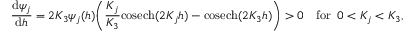
\frac { \mathrm { d } { \psi _ { j } } } { \mathrm { d } { h } } = 2 K _ { 3 } \psi _ { j } ( h ) \bigg ( \frac { K _ { j } } { K _ { 3 } } \mathrm { c o s e c h } ( 2 K _ { j } h ) - \mathrm { c o s e c h } ( 2 K _ { 3 } h ) \bigg ) > 0 \quad \mathrm { f o r } \, \, \, 0 < K _ { j } < K _ { 3 } ,